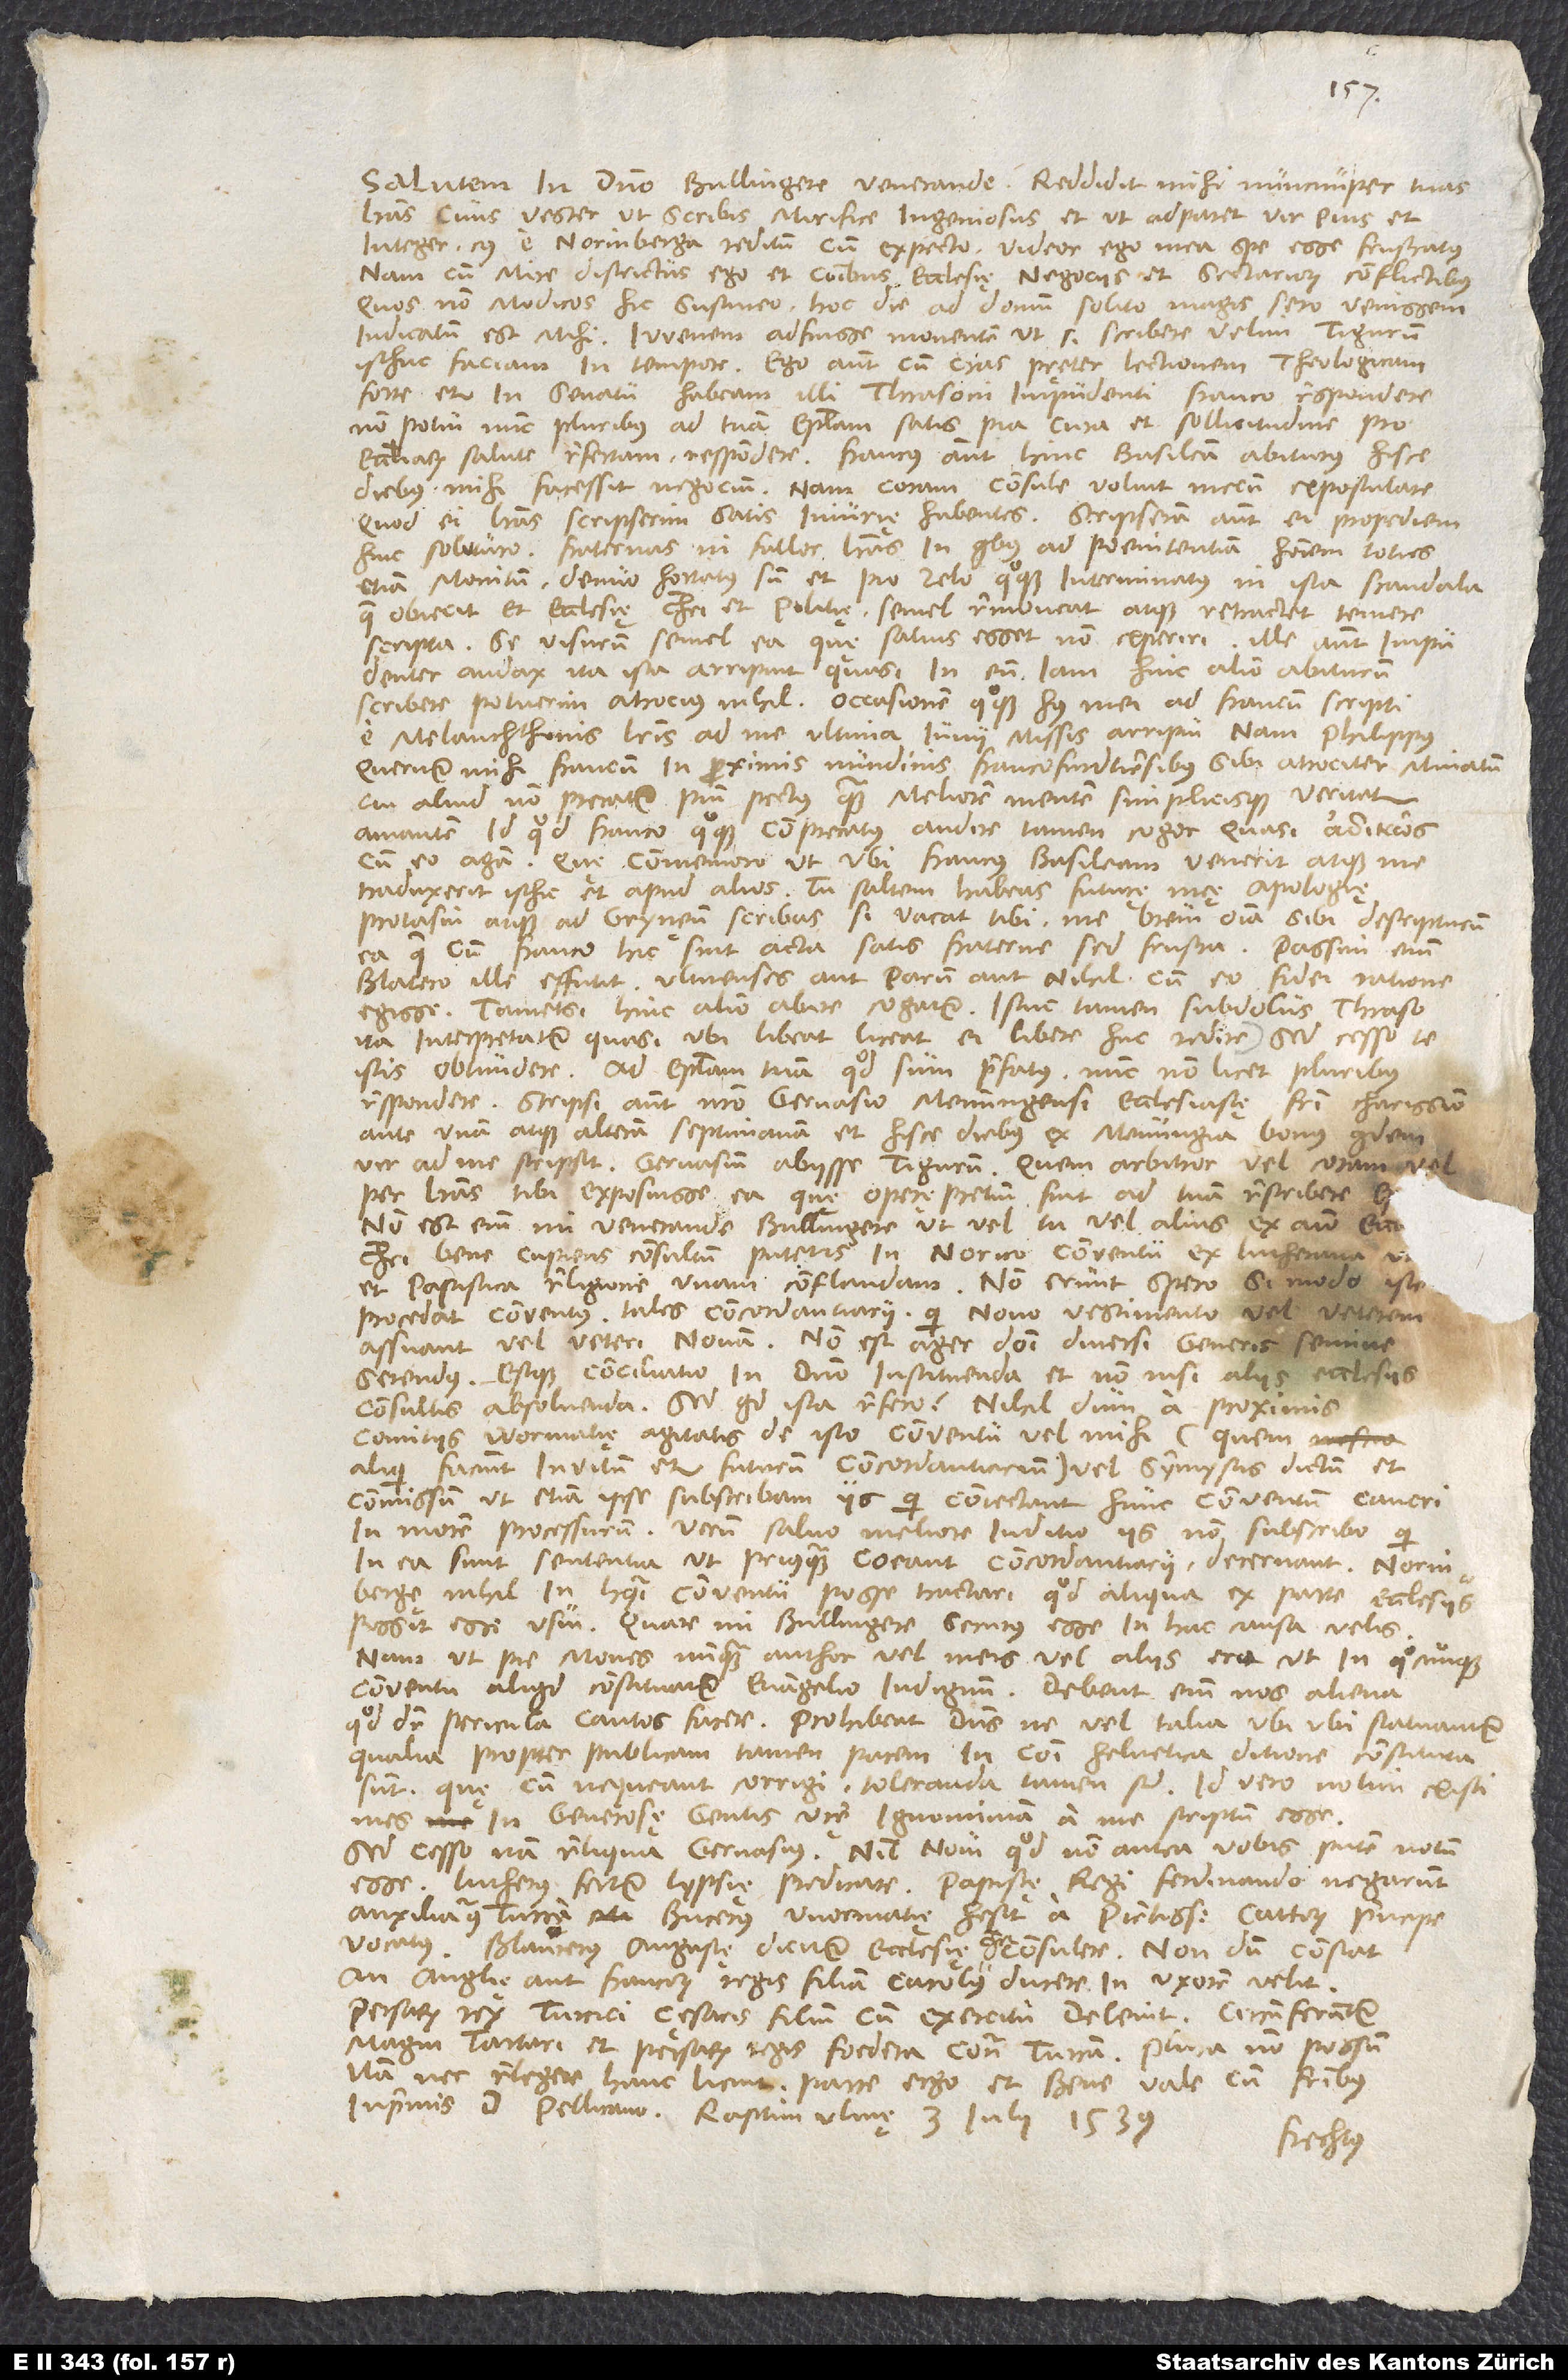
Salutem in domino, Bullingere venerande. Reddidit mihi nuncnuper tuas
literas civis vester, ut scribis, mirifice ingeniosus et, ut adparet, vir pius et
integer. Cuius e Norinberga reditum cum expecto, videor ego mea spe esse frustratus;
nam cum mire districtus ego et communibus ecclesię negociis et sectariorum conflictibus,
quos non modicos hic sustineo, hoc die ad domum solito magis sero venissem,
indicatum est mihi iuvenem adfuisse monentem, ut, si scribere velim Tigurum,
isthuc faciam in tempore. Ego autem, cum cras pręter lectionem theologicam
forte etiam in senatu habeam illi Thrasoni impudenti Franco respondere,
non potui nunc pluribus ad tuam epistolam satis pia cura et sollicitudine pro
ecclesiarum salute refertam respondere. Francus autem hinc Basileam abiturus hisce
diebus mihi facessit negotium; nam coram consule voluit mecum expostulare,
quod ei literas scripserim satis iniurię habentes. Scripseram autem ei propediem
hinc soluturo fraternas, ni fallor, literas, in quibus ad poenitentiam hominem toties
etiam monitum denuo hortatus sum et pro zelo quoque interminatus, ni ista scandala,
quae obiecit et ecclesię Christi et politię, semel removeat atque retractet temere
scripta, se visurum semel ea, quę satius esset non experiri. Ille autem impudenter
audax ita ista arripuit, quasi in eum iam hinc alio abiturum
scribere potuerim atrocius nihil. Occasionem quoque huius mei ad Francum scripti
e Melanchthonis literis ad me ultima iunii missis arripui; nam Philippus
queritur mihi Francum in proximis nundinis Francofurdtiensibus sibi atrociter minatum,
cui aliud non precatur pium pectus quam meliorem mentem simplicisque veritatis
amantem, id quod Franco quoque comprecatus audire tamen cogor, quasi
cum eo agam. Quę commemoro, ut, ubi Francus Basileam venerit atque me
traduxerit isthic et apud alios, tu saltem habeas futurę meę apologię
protasin atque ad Grynęum scribas, si vacat tibi, me brevi omnia sibi descripturum
ea, quae cum Franco hic sint acta satis fraterne, sed frustra; passim enim
blatero ille effutit Ulmenses aut parum aut nihil cum eo fidei ratione
egisse, tametsi hinc alio abire cogatur. Istuc tamen subdolus Thraso
ita interpretatur, quasi, ubi libeat, liceat ei libere huc redire. Sed cesso te
istis obtundere. Ad epistolam tuam, quod sum praefatus, nunc non licet pluribus
respondere. Scripsi autem nostro Gervasio, Memmingensi ecclesiastę, fratri charissimo,
ante unam atque alteram septimanam, et hisce diebus ex Memminga bonus quidem
vir ad me scripsit Gervasium abiisse Tigurum. Quem arbitror vel coram vel
per literas tibi exposuisse ea, quę operę pretium sint ad tuam rescribere ep
et papistica religione unam conflandam. Non erunt, spero, si modo iste
procedat conventus, tales concordantiarii, qui novo vestimento vel veterem
assuant vel veteri novum. Non est ager domini diversi generis semine
serendus, estque conciliatio in domino instituenda et nonnisi aliis ecclesiis
consultis absolvenda. Sed quid ista refero? Nihildum a proximis
comitiis Wormatię agitatis de isto conventu vel mihi (quem
aliqui faciunt invitum etiam futurum concordantiarium) vel symmystis dictum et
commissum, ut etiam ipse subscribam iis, qui coniectant hunc conventum cancri
in morem processurum. Verum salvo meliore iuditio iis non subscribo, qui
in ea sunt sententia, ut, priusquam coeant concordantiarii, decernant Norinbergę
nihil in huiusmodi conventu posse tractari, quod aliqua ex parte ecclesiis
possit esse usui. Quare, mi Bullingere, securus esse in hac causa velis;
nam, ut pie mones, nunquam author vel meis vel aliis ero, ut in quocunque
conventu aliquid constituatur evangelio indignum. Debent enim nos aliena,
quod dicitur, pericula cautos facere. Prohibeat dominus, ne vel talia ubiubi statuantur,
qualia propter publicam tamen pacem in communi Helvetica ditione constituta
sunt, quę, cum nequeant corrigi, toleranda tamen sunt. Id vero nolim existimes
in generosę gentis vestrę ignominiam a me scriptum esse.
Sed cesso; nam reliqua Gervasius. Nihil novi, quod non antea vobis putem notum
esse. Lutherus fertur Lypsię predicare. Papistę regi Ferdinando negarunt
auxilium contra Turcam. Bucerus Wormatię hesit a pientissimo Cattorum principe
vocatus. Blaurerus Augustę dicitur ecclesię Christi consulere. Nondum constat,
an Anglię aut Francorum regis filiam Carolus ducere in uxorem velit.
Persarum rex Turcici cęsaris filium cum exercitu delevit. Circumferuntur
magni Tartari et Persarum regis foedera contra Turcam. Plura non possum,
nam nec relegere hanc licuit. Parce ergo et bene vale cum fratribus,
inprimis d. Pellicano. Raptim, Ulmę, 3. iulii 1539.
Frechtus.